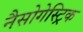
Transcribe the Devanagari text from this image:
नैसोगेस्ट्रिक